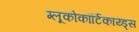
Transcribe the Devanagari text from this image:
ग्लूकोकॉर्टिकाय्ड्स